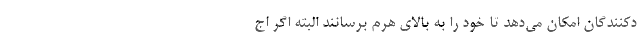
دکنندگان امکان می‌دهد تا خود را به بالای هرم برسانند البته اگر اج